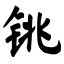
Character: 铫